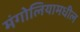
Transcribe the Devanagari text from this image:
मंगोलियामधील